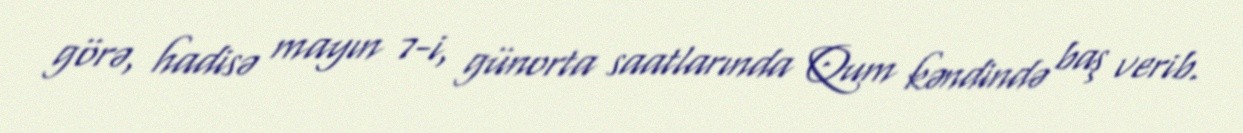
görə, hadisə mayın 7-i, günorta saatlarında Qum kəndində baş verib.